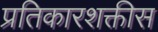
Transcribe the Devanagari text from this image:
प्रतिकारशक्तीस